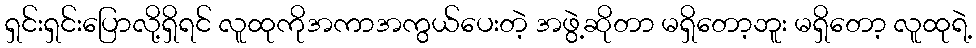
ရှင်းရှင်းပြောလို့ရှိရင် လူထုကိုအကာအကွယ်ပေးတဲ့ အဖွဲ့ဆိုတာ မရှိတော့ဘူး မရှိတော့ လူထုရဲ့